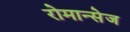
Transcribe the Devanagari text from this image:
रोमान्सेज